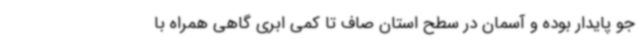
جو پایدار بوده و آسمان در سطح استان صاف تا کمی ابری گاهی همراه با